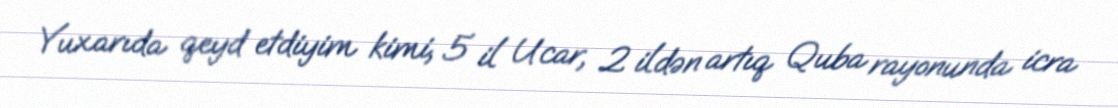
Yuxarıda qeyd etdiyim kimi, 5 il Ucar, 2 ildən artıq Quba rayonunda icra